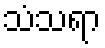
သံသရာ